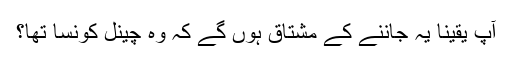
آپ یقینا یہ جاننے کے مشتاق ہوں گے کہ وہ چینل کونسا تھا؟